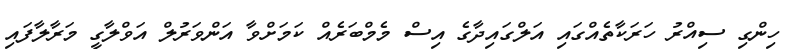
ހިންގި ސިއްރު ހަރަކާތެއްގައި އަލްގައިދާގެ އިސް މެމްބަރެއް ކަމަށްވާ އަންވަރުލް އަވްލާގީ މަރާލާފައި